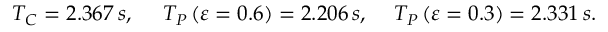
T _ { C } = 2 . 3 6 7 \, s , \, \quad \, T _ { P } \left( { \varepsilon = 0 . 6 } \right) = 2 . 2 0 6 \, s , \quad \, T _ { P } \left( { \varepsilon = 0 . 3 } \right) = 2 . 3 3 1 \, s .